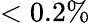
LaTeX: <0.2\%